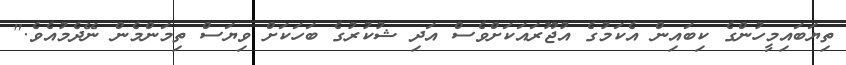
ތިޔަބައިމީހުންގެ ކިބައިން އެކަމުގެ އުޖޫރައަކަށްވެސް އަދި ޝުކުރުގެ ބަހަކަށް ވިޔަސް ތިމަންމެން ނޭދެމުއެވެ."